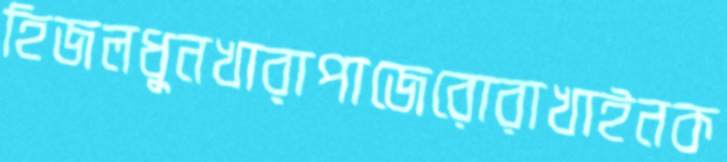
হিজলধুনখারাপাজেরোরাখাইনক